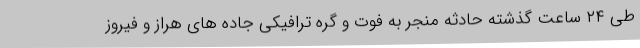
طی ۲۴ ساعت گذشته حادثه منجر به فوت و گره ترافیکی جاده های هراز و فیروز